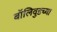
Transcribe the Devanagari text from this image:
बॉलिवुडच्या